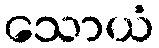
သောယံ